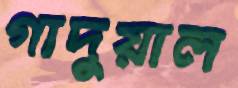
গাদুয়াল